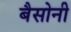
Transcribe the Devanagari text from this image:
बैसोनी